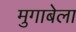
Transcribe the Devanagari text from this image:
मुगाबेला